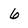
Character: 6